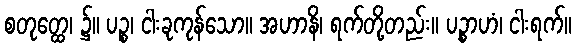
စတုတ္ထေ၊ ၌။ ပဉ္စ၊ ငါးခုကုန်သော။ အဟာနိ၊ ရက်တို့တည်း။ ပဉ္စာဟံ၊ ငါးရက်။